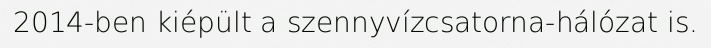
2014-ben kiépült a szennyvízcsatorna-hálózat is.